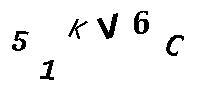
51KV6C